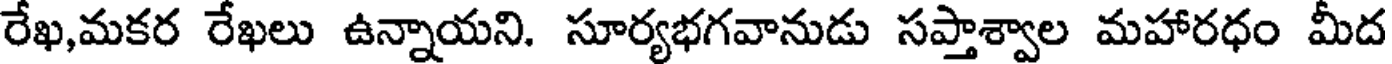
రేఖ,మకర రేఖలు ఉన్నాయని. సూర్యభగవానుడు సప్తాశ్వాల మహారధం మీద